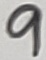
Text: 9